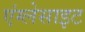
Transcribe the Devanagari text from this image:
एंग्लेसाइट